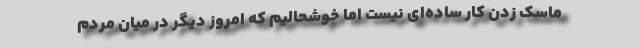
ماسک زدن کار ساده‌ای نیست اما خوشحالیم که امروز دیگر در میان مردم